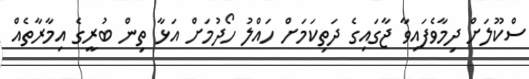
ސްކޫލަށް ދިމާވެފައިވާ ޖާގައިގެ ދަތިކަމަށް ހައްލު ހޯދުމަށް އަޅާ ތިން ބުރީގެ އިމާރާތެއް